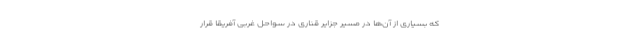
که بسیاری از آن‌ها در مسیر جزایر قناری در سواحل غربی آفریقا قرار